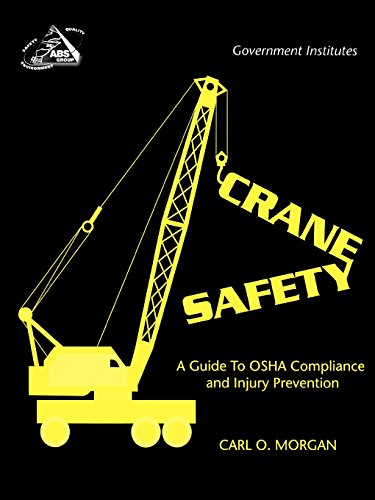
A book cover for Crane Safety: A Guide to OSHA Compliance and Injury Prevention; Carl O. Morgan Ph.D.; Health, Fitness & Dieting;